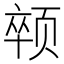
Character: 𱂯